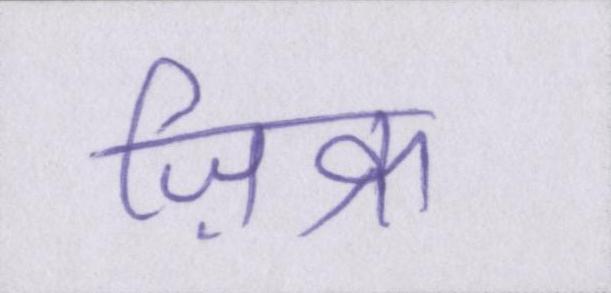
ज़िक्र